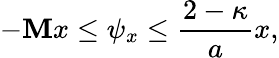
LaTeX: -\mathbf{M}x\leq\psi_{x}\leq\frac{{2-\kappa}}{{a}}x,